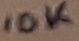
Text: 10K